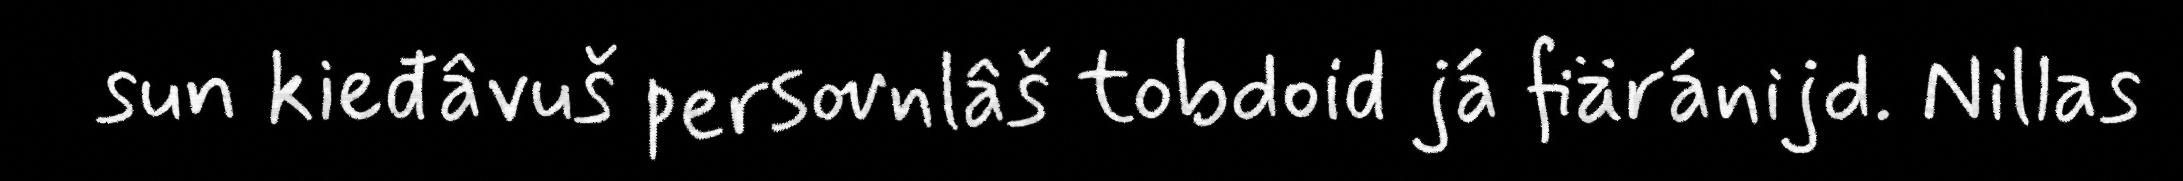
sun kieđâvuš persovnlâš tobdoid já fiäránijd. Nillas